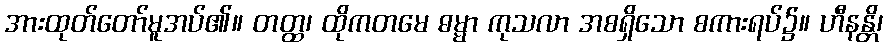
အားထုတ်တော်မူအပ်၏။ တတ္ထ၊ ထိုကတမေ ဓမ္မာ ကုသလာ အစရှိသော စကားရပ်၌။ ဟီနန္တိ၊